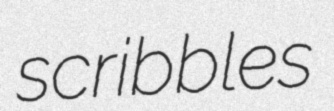
scribbles